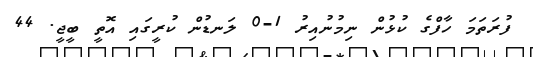
ފުރަތަމަ ހާފްގެ ކުޅުން ނިމުނުއިރު 1-0 ލަނޑުން ކުރީގައި އޮތީ ބީޖީ. 44